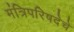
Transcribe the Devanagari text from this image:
मंत्रिपरिषदेचे